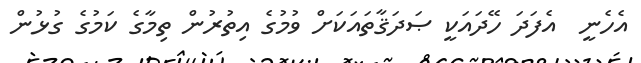
އެހެނީ  އެފަދަ ހޭދައަކީ ޞަދަޤާތައަކަށް ވުމުގެ އިތުރުން ތިމާގެ ކަމުގެ ގުޅުން